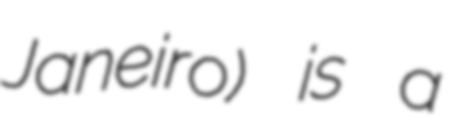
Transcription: Janeiro) is a